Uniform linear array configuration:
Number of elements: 24
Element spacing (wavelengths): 0.25
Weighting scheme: hamming
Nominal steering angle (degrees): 30
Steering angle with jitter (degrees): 30.027
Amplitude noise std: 0.05
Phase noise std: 0.05

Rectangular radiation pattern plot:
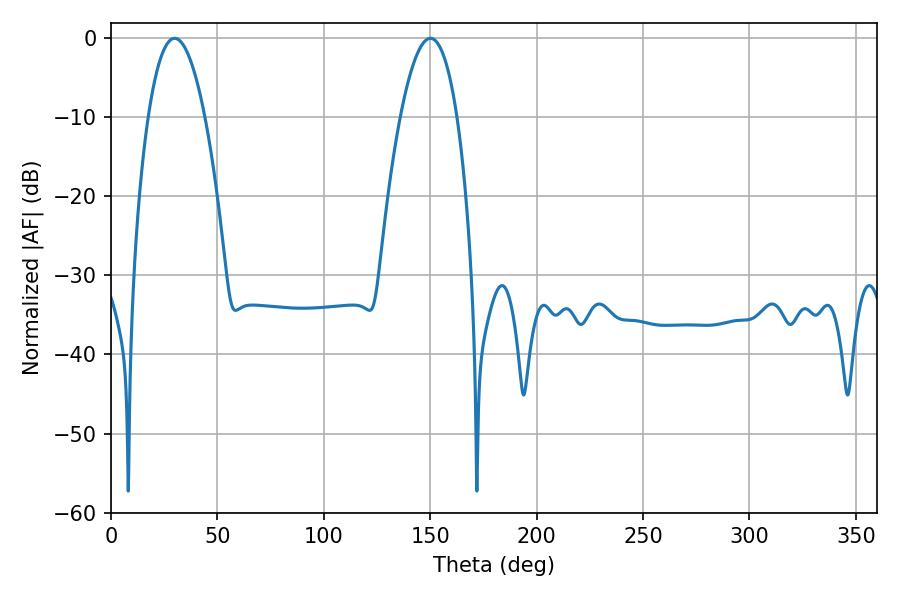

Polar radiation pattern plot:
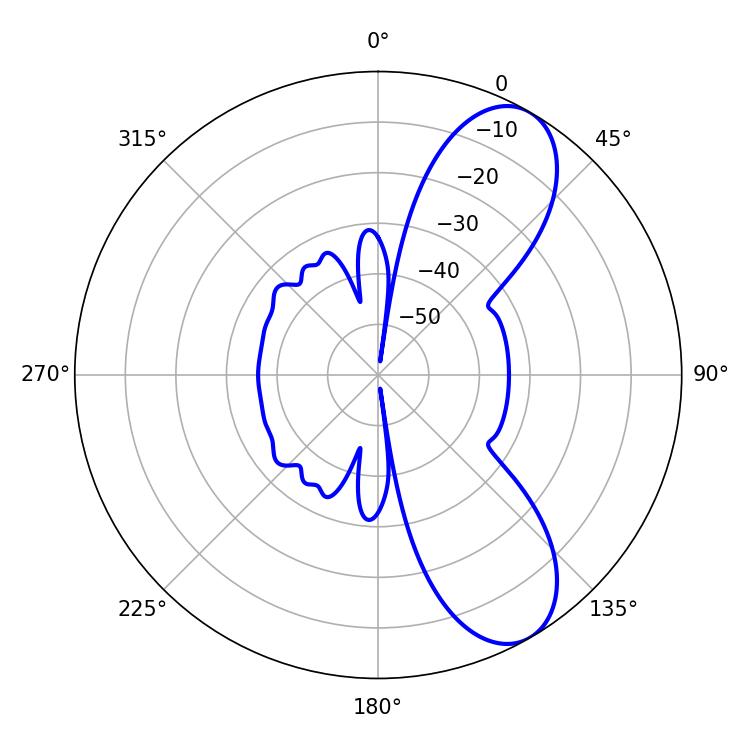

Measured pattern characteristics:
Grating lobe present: FALSE
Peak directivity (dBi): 8.595
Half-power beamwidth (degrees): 14.76
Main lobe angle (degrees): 150.12